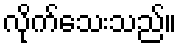
လိုက်သေးသည်။